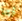
أرها